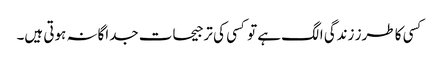
کسی کا طرز زندگی الگ ہے تو کسی کی ترجیحات جداگانہ ہوتی ہیں۔